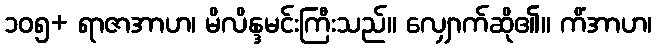
၁၀၅+ ရာဇာအာဟ၊ မိလိန္ဒမင်းကြီးသည်။ လျှောက်ဆို၏။ ကိံအာဟ၊